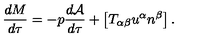
\frac { d M } { d \tau } = - p \frac { d { \cal A } } { d \tau } + \left[ T _ { \alpha \beta } u ^ { \alpha } n ^ { \beta } \right] .